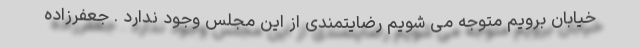
خیابان برویم متوجه می شویم رضایتمندی از این مجلس وجود ندارد . جعفرزاده